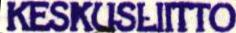
KESKUSLIITTO